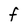
Character: F